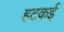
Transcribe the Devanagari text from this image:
हटकई